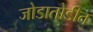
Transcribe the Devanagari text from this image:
जोडातोडीत